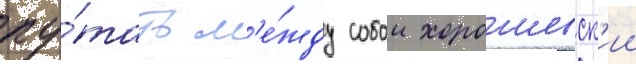
пу́тать м'е́жду собои хорошевск'ии